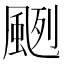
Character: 颲